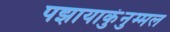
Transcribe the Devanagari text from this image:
पझायाकुंनुम्मल